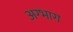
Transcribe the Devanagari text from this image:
अग्भाग